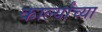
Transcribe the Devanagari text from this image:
कार्ल्यांच्या